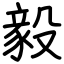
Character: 毅